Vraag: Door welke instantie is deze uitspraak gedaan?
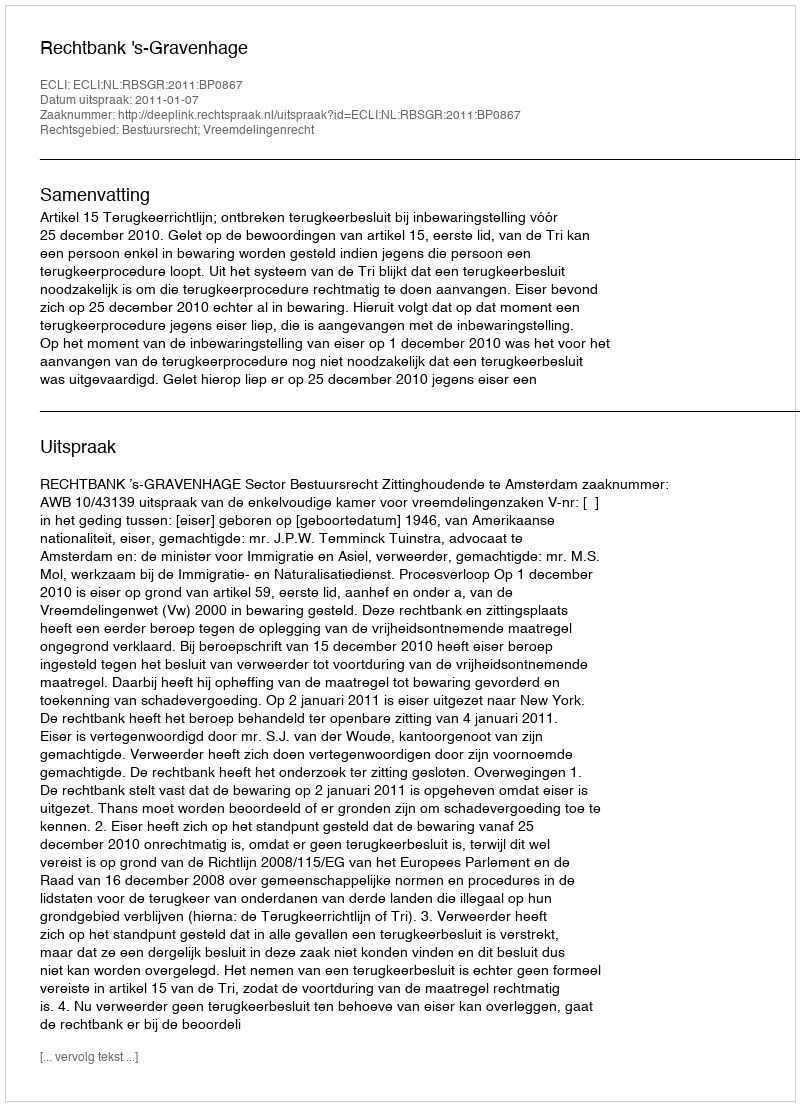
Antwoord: Rechtbank 's-Gravenhage